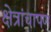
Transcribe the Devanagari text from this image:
क्षेत्रांचापण